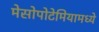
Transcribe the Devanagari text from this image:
मेसोपोटेमियामध्ये